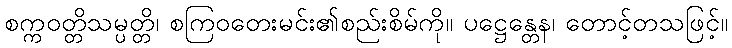
စက္ကဝတ္တိသမ္ပတ္တိ၊ စကြဝတေးမင်း၏စည်းစိမ်ကို။ ပဋ္ဌေန္တေန၊ တောင့်တသဖြင့်။